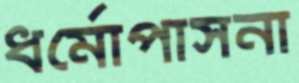
ধর্মোপাসনা